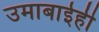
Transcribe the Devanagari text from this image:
उमाबाईही